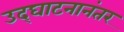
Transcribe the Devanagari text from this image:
उद्‌घाटनानंतर